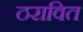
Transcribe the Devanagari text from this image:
ठरावित